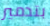
بتدمير